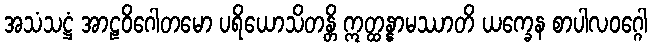
အသံသဋ္ဌံ အာဠဝိဂေါတမော ပရိယောသိတန္တိ ဣတ္ထန္နာမဿာတိ ယက္ခေန စာပါလဝဂ္ဂေါ